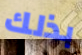
بذلك